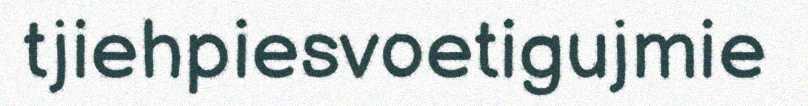
tjiehpiesvoetigujmie